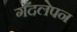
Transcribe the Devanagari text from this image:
गँदलेपन